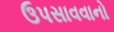
ઉપસાવવાનો